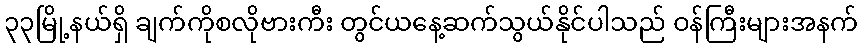
၃၃မြို့နယ်ရှိ ချက်ကိုစလိုဗားကီး တွင်ယနေ့ဆက်သွယ်နိုင်ပါသည် ဝန်ကြီးများအနက်